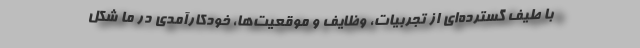
با طیف گسترده‌ای از تجربیات، وظایف و موقعیت‌ها، خودکارآمدی در ما شکل